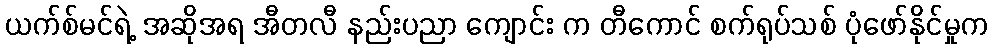
ယက်စ်မင်ရဲ့ အဆိုအရ အီတလီ နည်းပညာ ကျောင်း က တီကောင် စက်ရုပ်သစ် ပုံဖော်နိုင်မှုက